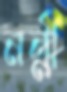
নন্নী